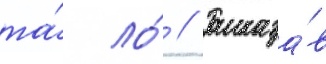
та́ ло́ // Рассказа́в